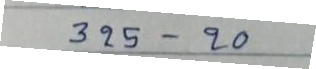
325 - 20